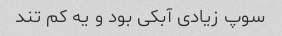
سوپ زیادی آبکی بود و یه کم تند